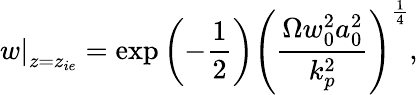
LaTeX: \left.w\right|_{z=z_{ie}}=\exp\left(-\frac{1}{2}\right)\left(\frac{\Omega w_{0}^{2}a_{0}^{2}}{k_{p}^{2}}\right)^{\frac{1}{4}},